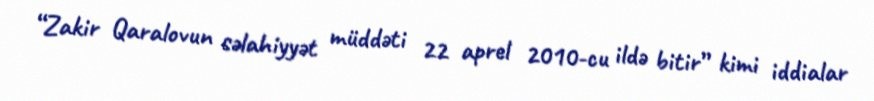
“Zakir Qaralovun səlahiyyət müddəti 22 aprel 2010-cu ildə bitir” kimi iddialar